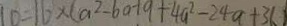
1 0 = 1 6 \times ( a ^ { 2 } - 6 a + 9 + 4 a ^ { 2 } - 2 4 a + 3 6 )